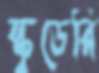
স্কুডেরি